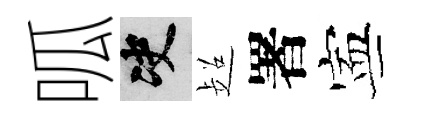
呱决超署寕